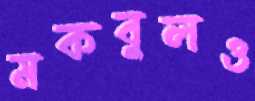
মকবুলও